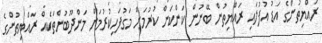
ރައްޔިތުންގެ އަޑު އުފުލައި ރައްޔިތުން ބޭނުން ކަންކަން ކުރުމަށް މަގުފަހިކުރުމަށް މަންދޫބުންތަކެއް ރައްޔިތުންގެ